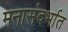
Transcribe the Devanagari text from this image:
मनासंदर्भात